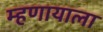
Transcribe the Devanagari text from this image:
म्हणायाला